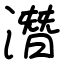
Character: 潛